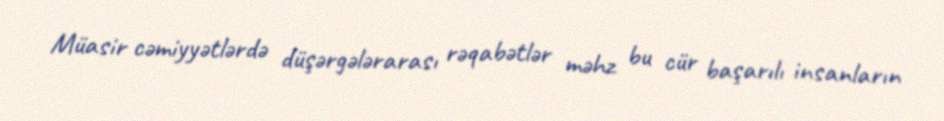
Müasir cəmiyyətlərdə düşərgələrarası rəqabətlər məhz bu cür başarılı insanların